Civil Veterinary Department. Central Provinces & Berar 1925-31 - 1925-1931
Year: 1925
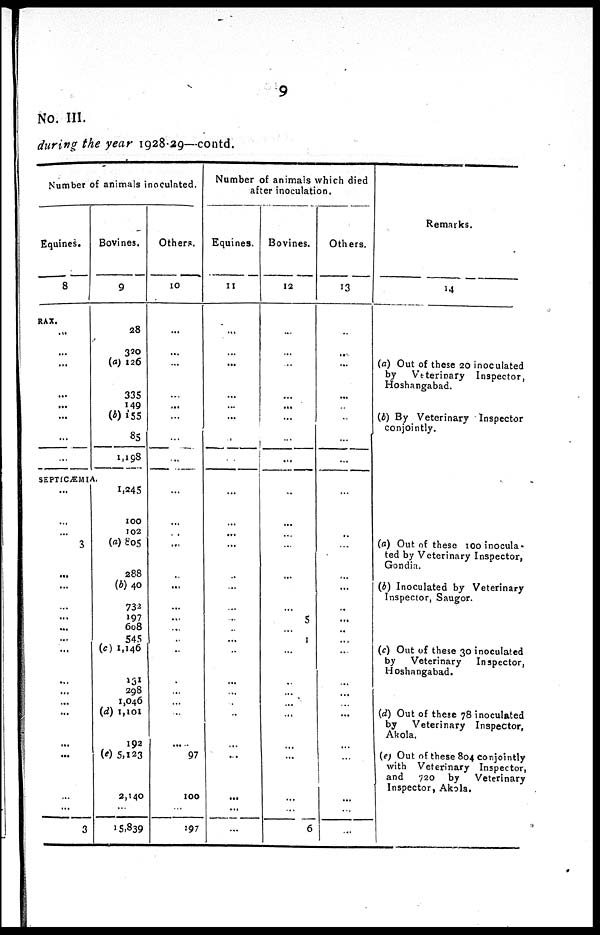
9
No. III.
during the year 1928-29—contd.
Number of animals inoculated.
Equines.
8
RAX.
...
...
...
...
...
...
...
...
SEPTICÆMIA.
...
...
...
3
...
...
...
...
...
...
...
...
...
...
...
...
...
...
3
Bovines.
9
28
320
(a) 126
335
149
(b) 155
85
1,198
1,245
100
102
(a) 805
288
(b) 40
732
197
608
545
(c) 1,146
131
298
1,046
(d) 1,101
192
(e) 5,123
2,140
...
15,839
Others.
10
...
...
...
...
...
...
...
...
...
...
...
...
...
...
...
...
...
...
...
...
...
...
...
...
97
100
...
197
Number of animals which died
after inoculation.
Equines.
11
...
...
...
...
...
...
...
...
...
...
...
...
...
...
...
...
...
...
...
...
...
...
...
...
...
...
...
...
Bovines.
12
...
...
...
...
...
...
...
...
...
...
...
...
...
...
...
5
...
1
...
...
...
...
...
...
...
...
...
6
Others.
13
...
...
...
...
...
...
...
...
...
...
...
...
...
...
...
...
...
...
...
...
...
...
...
...
...
...
...
...
Remarks.
14
(a) Out of these 20 inoculated
by Veterinary Inspector,
Hoshangabad.
(b) By Veterinary Inspector
conjointly.
(a) Out of these inocula-
ted by Veterinary Inspector,
Gondia.
(b) Inoculated by Veterinary
Inspector, Saugor.
(c) Out of these 30 inoculated
by Veterinary
Inspector,
Hoshangabad.
(d) Out of these 78 inoculated
by Veterinary Inspector,
Akola.
(e) Out of these 804 conjointly
with Veterinary Inspector,
and
720 by
Veterinary
Inspector, Akola.